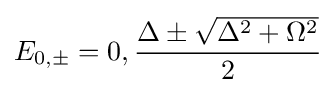
E_{0,\pm }=0,{\frac {\Delta \pm {\sqrt {\Delta ^{2}+\Omega ^{2}}}}{2}}